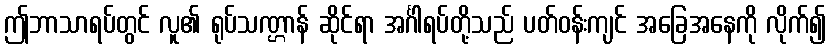
ဤဘာသာရပ်တွင် လူ၏ ရုပ်သဏ္ဌာန် ဆိုင်ရာ အင်္ဂါရပ်တို့သည် ပတ်ဝန်းကျင် အခြေအနေကို လိုက်၍